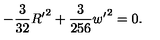
- \frac { 3 } { 3 2 } { R ^ { \prime } } ^ { 2 } + \frac { 3 } { 2 5 6 } { w ^ { \prime } } ^ { 2 } = 0 .